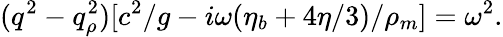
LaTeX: (q^{2}-q_{\rho}^{2})[c^{2}/g-i\omega(\eta_{b}+4\eta/3)/\rho_{m}]=\omega^{2}.